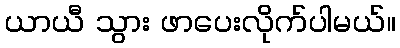
ယာယီ သွား ဖာပေးလိုက်ပါမယ်။